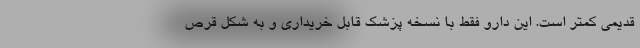
قدیمی کمتر است. این دارو فقط با نسخه پزشک قابل خریداری و به شکل قرص